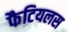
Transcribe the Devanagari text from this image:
फैटियलस